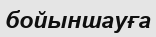
бойыншауға